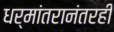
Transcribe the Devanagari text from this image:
धर्मांतरानंतरही